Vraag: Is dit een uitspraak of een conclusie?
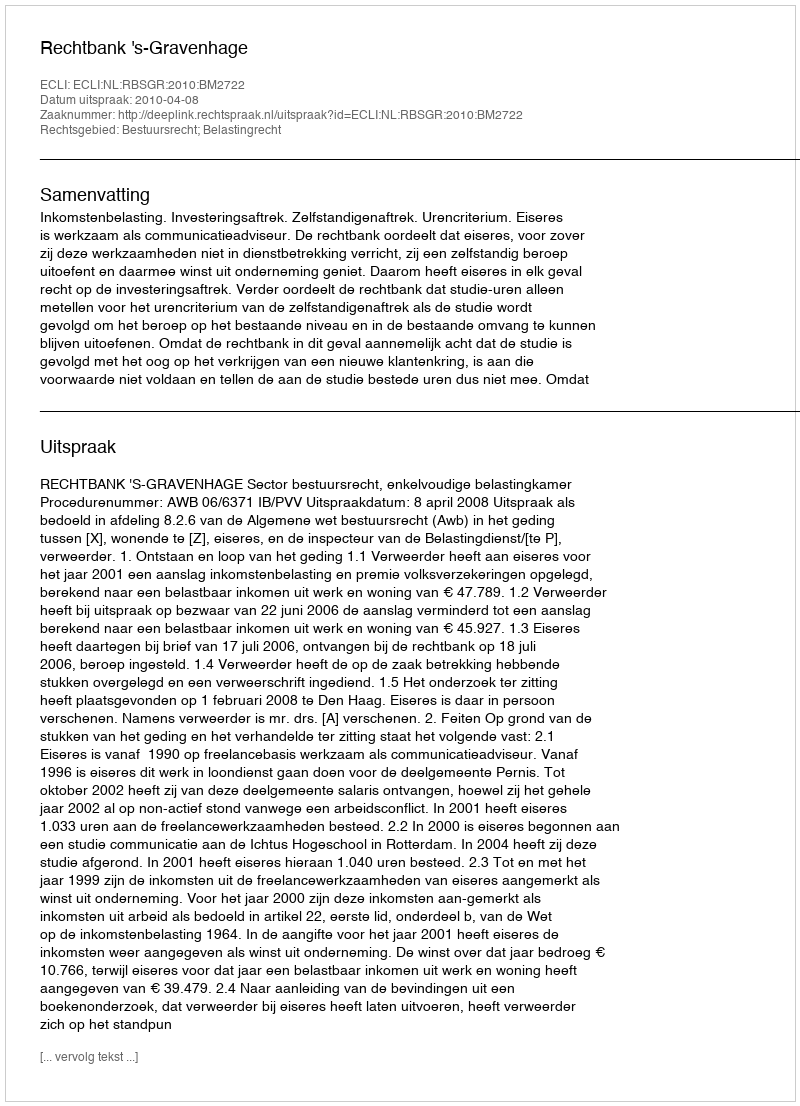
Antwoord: Uitspraak